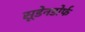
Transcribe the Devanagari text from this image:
सूडेनडोर्फ